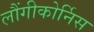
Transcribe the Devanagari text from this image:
लौंगीकोर्निस